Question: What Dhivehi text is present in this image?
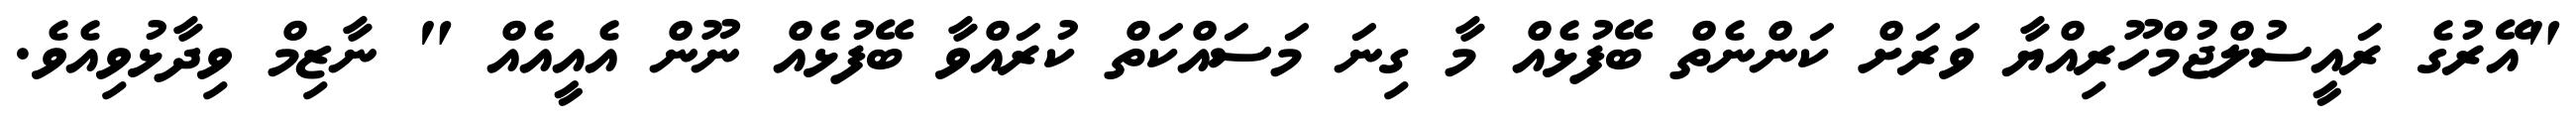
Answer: "އޭރުގެ ރައީސުލްޖުމްހޫރިއްޔާ ވަރަށް ކަންނެތް ބޭފުޅެއް މާ ގިނަ މަސައްކަތް ކުރައްވާ ބޭފުޅެއް ނޫން އެއީއެއް " ނާޒިމް ވިދާޅުވިއެވެ.